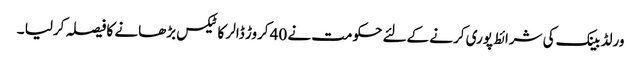
ورلڈ بینک کی شرائط پوری کرنے کےلئے حکومت نے 40 کروڑ ڈالر کا ٹیکس بڑھانے کا فیصلہ کرلیا ۔